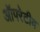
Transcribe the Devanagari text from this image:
ऑपरेटीव